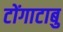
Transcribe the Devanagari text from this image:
टोंगाटाबु